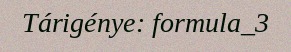
Tárigénye: formula_3